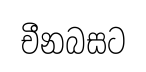
චීනබසට